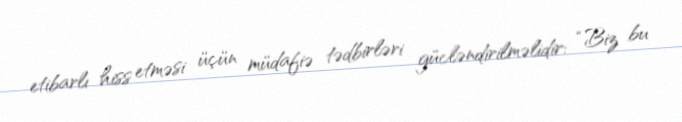
etibarlı hiss etməsi üçün müdafiə tədbirləri gücləndirilməlidir: “Biz bu